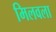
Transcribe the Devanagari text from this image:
मिलवला